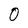
Character: 0